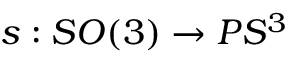
s : S O ( 3 ) \to P S ^ { 3 }